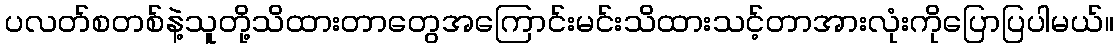
ပလတ်စတစ်နဲ့သူတို့သိထားတာတွေအကြောင်းမင်းသိထားသင့်တာအားလုံးကိုပြောပြပါမယ်။